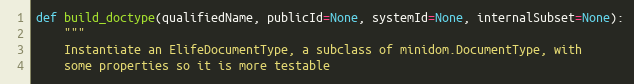
Language: Python
def build_doctype(qualifiedName, publicId=None, systemId=None, internalSubset=None):
    """
    Instantiate an ElifeDocumentType, a subclass of minidom.DocumentType, with
    some properties so it is more testable